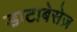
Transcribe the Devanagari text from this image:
डाटाबेसेज़